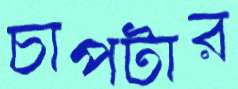
চাপটার